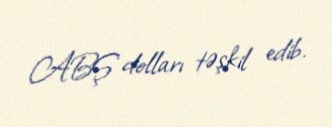
ABŞ dolları təşkil edib.